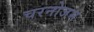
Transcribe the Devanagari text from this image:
चरनोजम